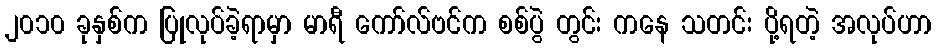
၂၀၁၀ ခုနှစ်က ပြုလုပ်ခဲ့ရာမှာ မာရီ ကော်လ်ဗင်က စစ်ပွဲ တွင်း ကနေ သတင်း ပို့ရတဲ့ အလုပ်ဟာ